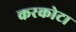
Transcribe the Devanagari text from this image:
करकोटा